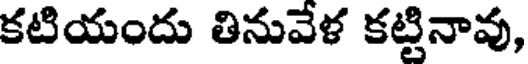
కటియందు తినువేళ కట్టినావు,